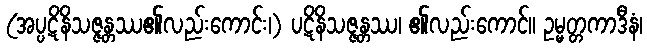
(အပ္ပဋိနိသဇ္ဇန္တဿ၏လည်းကောင်း၊) ပဋိနိသဇ္ဇန္တဿ၊ ၏လည်းကောင်။ ဥမ္မတ္တကာဒီနံ၊